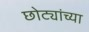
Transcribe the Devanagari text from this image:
छोट्यांच्या